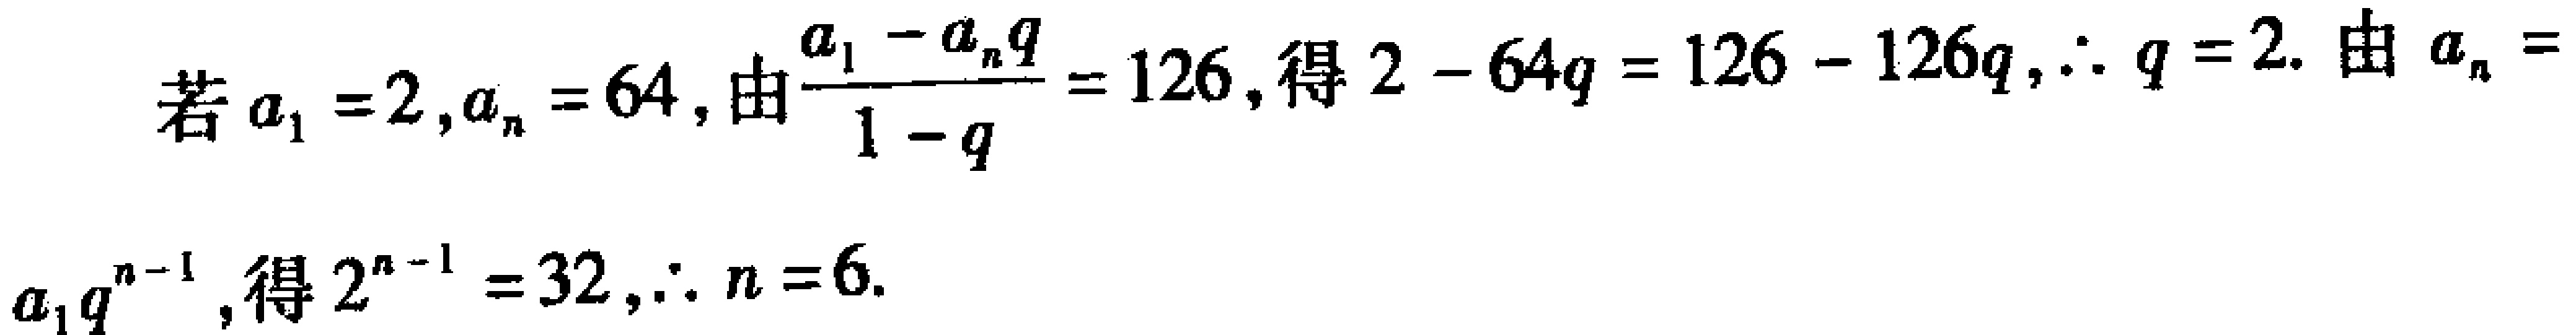
若\(a_{1}=2,a_{n}=64\)，由\(\frac{a_{1}-a_{n}q}{1 - q}=126\)，得\(2 - 64q = 126 - 126q\)，\(\therefore q = 2\). 由\(a_{n}=a_{1}q^{n - 1}\)，得\(2^{n - 1}=32\)，\(\therefore n = 6\).